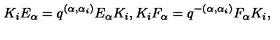
K _ { i } E _ { \alpha } = q ^ { ( \alpha , \alpha _ { i } ) } E _ { \alpha } K _ { i } , K _ { i } F _ { \alpha } = q ^ { - ( \alpha , \alpha _ { i } ) } F _ { \alpha } K _ { i } ,